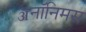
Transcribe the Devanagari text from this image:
ॲनॉनिमस